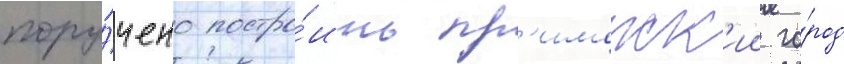
пору́чено постро́ить пр'иморск'ии го́род